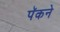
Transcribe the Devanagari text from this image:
पॅकने